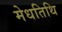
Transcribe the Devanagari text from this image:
मेधतिथि